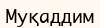
Муқаддим